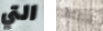
التي يربطه